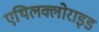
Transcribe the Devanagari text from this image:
एथिलक्लोराइड